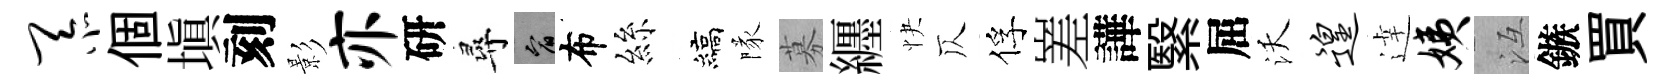
忝個塡刻影亦研尋宥布絲縞隊募纒快仄俘嵳譁繄屈沃遑逹姨冱鏃買